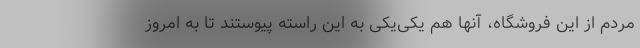
مردم از این فروشگاه، آنها هم یکی‌یکی به این راسته پیوستند تا به امروز